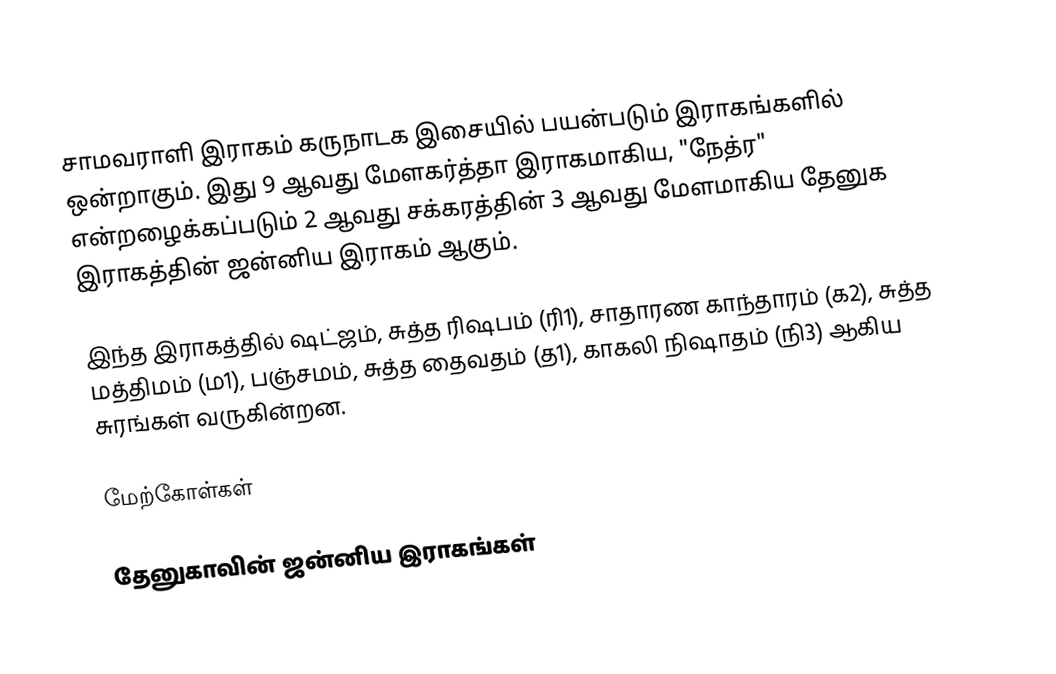
சாமவராளி இராகம் கருநாடக இசையில் பயன்படும் இராகங்களில் ஒன்றாகும். இது 9 ஆவது மேளகர்த்தா இராகமாகிய, "நேத்ர" என்றழைக்கப்படும் 2 ஆவது சக்கரத்தின் 3 ஆவது மேளமாகிய தேனுக இராகத்தின் ஜன்னிய இராகம் ஆகும்.

இந்த இராகத்தில் ஷட்ஜம், சுத்த ரிஷபம் (ரி1), சாதாரண காந்தாரம் (க2), சுத்த மத்திமம் (ம1), பஞ்சமம், சுத்த தைவதம் (த1), காகலி நிஷாதம் (நி3) ஆகிய சுரங்கள் வருகின்றன.

மேற்கோள்கள்

தேனுகாவின் ஜன்னிய இராகங்கள்